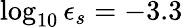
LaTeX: \log_{10}\epsilon_{s}=-3.3